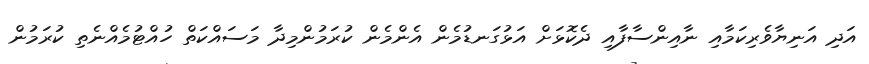
އަދި އަނިޔާވެރިކަމާއި ނާއިންސާފާއި ދެކޮޅަށް އަޅުގަނޑުމެން އެންމެން ކުރަމުންމިދާ މަސައްކަތް ހުއްޓުމެއްނެތި ކުރަމުން